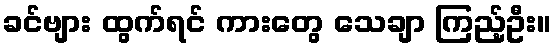
ခင်ဗျား ထွက်ရင် ကားတွေ သေချာ ကြည့်ဦး။